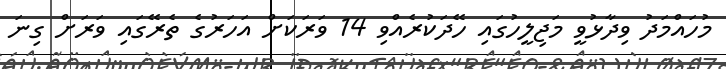
މުހައްމަދު ވިދާޅުވީ މަޖިލީހުގައި ހޭދަކުރެއްވި 14 ވަރަކަށް އަހަރުގެ ތެރޭގައި ވަަރަށް ގިނަ